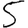
Digit: 5